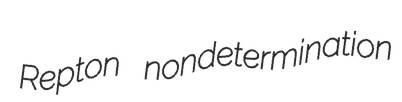
Repton nondetermination